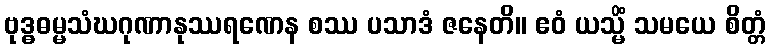
ဗုဒ္ဓဓမ္မသံဃဂုဏာနုဿရဏေန စဿ ပသာဒံ ဇနေတိ။ ဧဝံ ယသ္မိံ သမယေ စိတ္တံ